Lunatic asylums United Provinces 1899-1908 - 1899-1908
Year: 1899
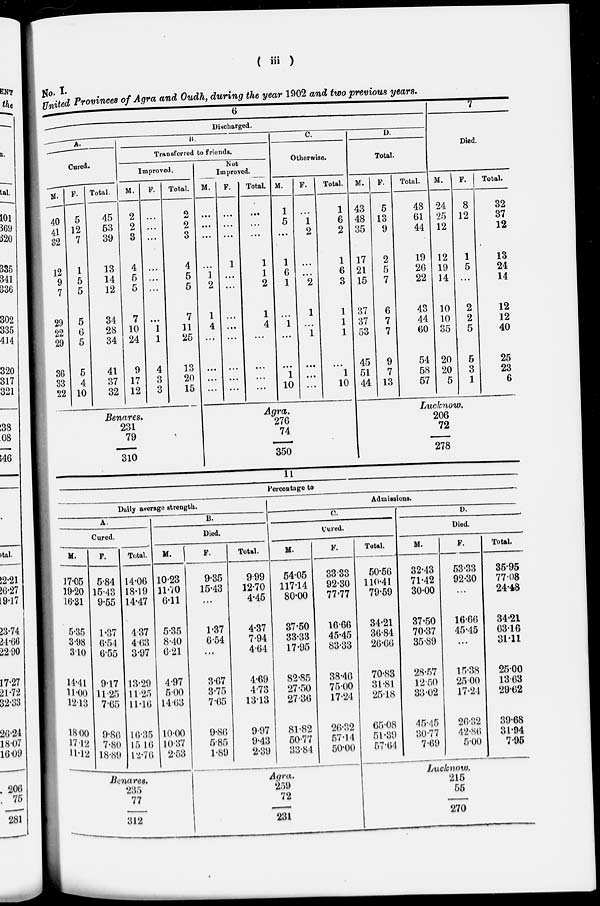
( iii )
No. I.
United Provinces of Agra and Oudh, during the year 1902 and two previous years.
6
7
Discharged.
A.
Cured.
M.
40
41
32
12
9
7
29
22
29
36
33
22
F.
5
12
7
1
5
5
5
6
5
6
4
10
Total.
45
53
39
13
14
12
34
28
34
41
37
32
B.
Transferred to friends.
Improved.
M.
2
2
3
4
5
5
7
10
24
9
17
12
F.
...
...
...
...
...
...
...
1
1
4
3
3
Total.
2
2
3
4
5
5
7
11
25
13
20
15
Benares.
231
79
310
Not
Improved.
M.
...
...
...
...
1
2
1
4
...
...
...
...
F.
...
...
...
1
...
...
...
...
...
...
...
...
Total.
...
...
...
1
1
2
1
4
...
...
...
...
C.
Otherwise.
M.
1
5
...
1
6
1
...
1
...
...
1
10
F.
...
1
2
...
...
2
1
...
1
...
...
...
Total.
1
6
2
1
6
3
1
1
1
...
1
10
Agra.
276
74
350
D.
Total.
M.
43
48
35
17
21
15
37
37
53
45
51
44
F.
5
13
9
2
5
7
6
7
7
9
7
13
Total.
48
61
44
19
26
22
43
44
60
54
58
57
Died.
M.
24
25
12
12
19
14
10
10
35
20
20
5
F.
8
12
1
5
...
2
2
5
5
3
1
Total.
32
37
12
13
24
14
12
12
40
25
23
6
Lucknow.
206
72
278
11
Percentage to
Daily average strength.
A.
Cured.
M.
17.05
19.20
16.31
5.35
3.98
3.10
14.41
11.00
12.13
18.00
17.12
11.12
F.
5.84
15.43
9.55
1.37
6.54
6.55
9.17
11.25
7.65
9.86
7.80
18.89
Total.
14.06
18.19
14.47
4.37
4.63
3.97
13.29
11.25
11.16
16.35
15.16
12.76
B.
Died.
M.
10.23
11.70
6.11
5.35
8.40
6.21
4.97
5.00
14.63
10.00
10.37
2.53
Benares.
235
77
312
F.
9.35
15.43
...
1.37
6.54
...
3.67
3.75
7.65
9.86
5.85
1.89
Total.
9.99
12.70
4.45
4.37
7.94
4.64
4.69
4.73
13.13
9.97
9.43
2.39
Admissions.
C.
Cured.
M.
54.05
117.14
80.00
37.50
33.33
17.95
82.85
27.50
27.36
81.82
50.77
33.84
F.
33.33
92.30
77.77
16.66
45.45
83.33
38.46
75.00
17.24
26.32
57.14
50.00
Agra.
259
72
231
Total.
50.56
110.41
79.59
34.21
36.84
26.66
70.83
31.81
25.18
65.08
51.39
57.64
D.
Died.
M.
32.43
71.42
30.00
37.50
70.37
35.89
28.57
12.50
33.02
45.45
30.77
7.69
F.
53.33
92.30
...
16.66
45.45
...
15.38
25.00
17.24
26.32
42.86
5.00
Total.
35.95
77.08
24.48
34.21
63.16
31.11
25.00
13.63
29.62
39.68
31.94
7.95
Lucknow.
215
55
270